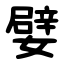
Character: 嬖